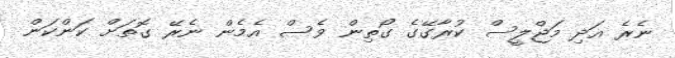
ނެެރެ އަދި މަޖްލީސް ކުރާގޭގެ ގޯތިން ވެސް އެމެން ނެރޭ ގޮތަށް ކަންކަން